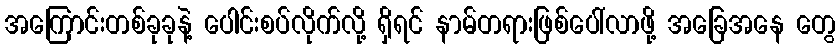
အကြောင်းတစ်ခုခုနဲ့ ပေါင်းစပ်လိုက်လို့ ရှိရင် နာမ်တရားဖြစ်ပေါ်လာဖို့ အခြေအနေ တွေ